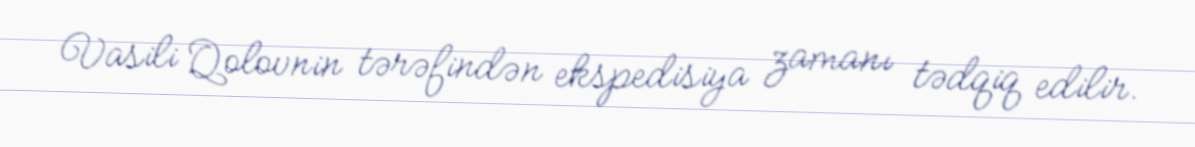
Vasili Qolovnin tərəfindən ekspedisiya zamanı tədqiq edilir.